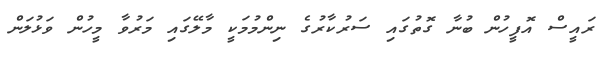
ރައީސް އޮފީހުން ބުނާ ގޮތުގައި ސަރުކާރުގެ ނިންމުމަކީ މާލޭގައި މަރުވާ މީހުން ވަޅުލަން